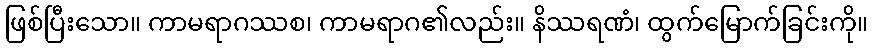
ဖြစ်ပြီးသော။ ကာမရာဂဿစ၊ ကာမရာဂ၏လည်း။ နိဿရဏံ၊ ထွက်မြောက်ခြင်းကို။